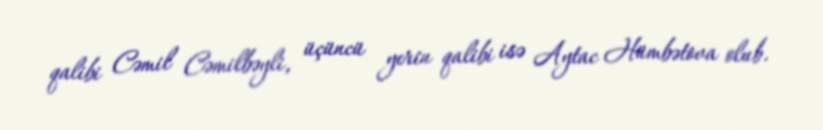
qalibi Cəmil Cəmilbəyli, üçüncü yerin qalibi isə Aytac Hümbətova olub.